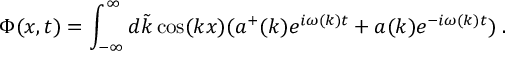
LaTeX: \Phi ( x , t ) = \int _ { - \infty } ^ { \infty } d \tilde { k } \cos ( k x ) ( a ^ { + } ( k ) e ^ { i \omega ( k ) t } + a ( k ) e ^ { - i \omega ( k ) t } ) \; .